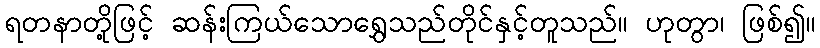
ရတနာတို့ဖြင့် ဆန်းကြယ်သောရွှေသည်တိုင်နှင့်တူသည်။ ဟုတွာ၊ ဖြစ်၍။